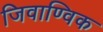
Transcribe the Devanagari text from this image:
जिवाण्विक